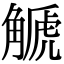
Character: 䚦